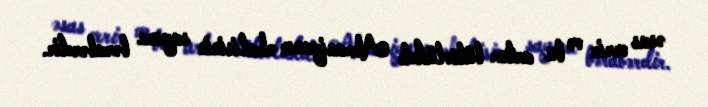
əsas verir və bu artım bütövlükdə Almaniyanın əhalisinin sayına bərabərdir.